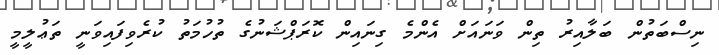
ނިސްބަތުން ބަލާއިރު ތިން ވަނައަށް އެންމެ ގިނައިން ކޮރަޕްޝަނުގެ ތުހުމަތު ކުރެވިފައިވަނީ ތަޢުލީމީ